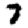
Digit: 7